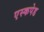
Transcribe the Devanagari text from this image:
एस्कपेड